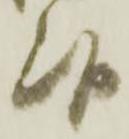
候